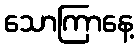
သောကြာနေ့